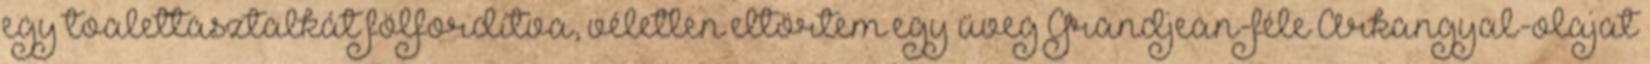
egy toalettasztalkát fölfordítva, véletlen eltörtem egy üveg Grandjean-féle Arkangyal-olajat